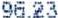
96.23